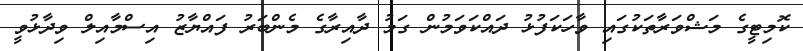
ކޮމިޓީގެ މަޝްވަރާތަކުގައި ވާހަކަފުޅު ދައްކަވަމުން ގަމު ދާއިރާގެ މެންބަރު ފައްޔާޒު އިސްމާއިލް ވިދާޅުވީ